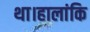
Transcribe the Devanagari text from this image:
था।हालांकि